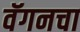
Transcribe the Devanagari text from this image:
वॅगनचा